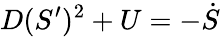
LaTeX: D(S^{\prime})^{2}+U=-\dot{S}